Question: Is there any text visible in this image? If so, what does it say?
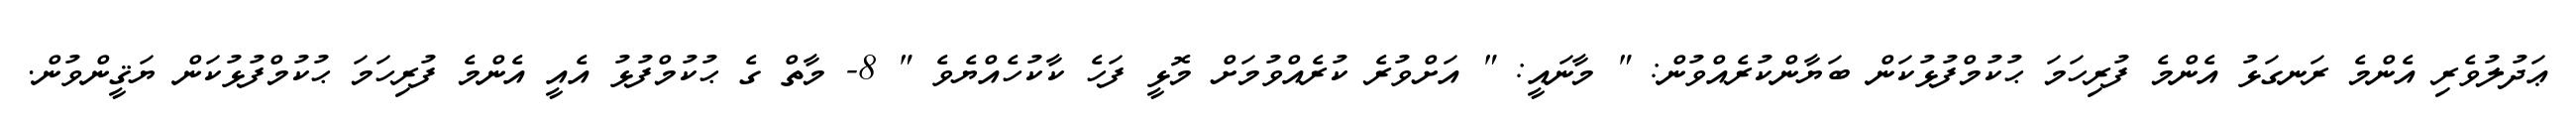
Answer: ޢަދުލުވެރި އެންމެ ރަނގަޅު އެންމެ ފުރިހަމަ ޙުކުމްފުޅުކަން ބަޔާންކުރެއްވުން: " މާނައީ: " އަށްވުރެ ކުރެއްވުމަށް މޮޅީ ފަހެ ކާކުހެއްޔެވެ " 8- މާތް ގެ ޙުކުމްފުޅު އެއީ އެންމެ ފުރިހަމަ ޙުކުމްފުޅުކަން ޔަޤީންވުން.